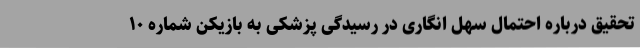
تحقیق درباره احتمال سهل انگاری در رسیدگی پزشکی به بازیکن شماره ۱۰